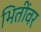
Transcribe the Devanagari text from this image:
भितींवर